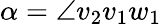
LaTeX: {\alpha=\angle v_{2}v_{1}w_{1}}